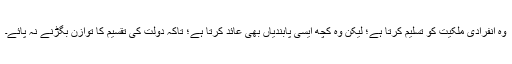
وہ انفرادی ملکیت کو تسلیم کرتا ہے؛ لیکن وہ کچھ ایسی پابندیاں بھی عائد کرتا ہے؛ تاکہ دولت کی تقسیم کا توازن بگڑنے نہ پائے۔